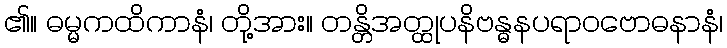
၏။ ဓမ္မကထိကာနံ၊ တို့အား။ တန္တိအတ္ထုပနိဗန္ဓနပရာဝဗောဓနာနံ၊